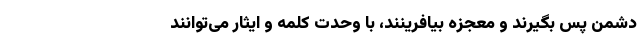
دشمن پس بگیرند و معجزه بیافرینند، با وحدت کلمه و ایثار می‌توانند